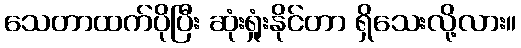
သေတာထက်ပိုပြီး ဆုံးရှုံးနိုင်တာ ရှိသေးလို့လား။